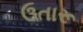
ઉતારૂ